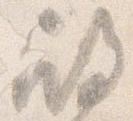
殿